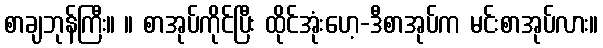
စာချဘုန်ကြီး။ ။ စာအုပ်ကိုင်ပြီး ထိုင်အုံးဟေ့-ဒီစာအုပ်က မင်းစာအုပ်လား။